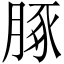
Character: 䐁